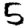
Digit: 5